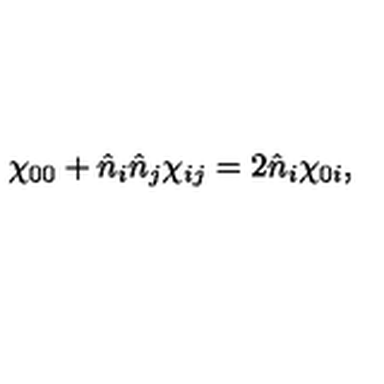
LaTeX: \chi _ { 0 0 } + \hat { n } _ { i } \hat { n } _ { j } \chi _ { i j } = 2 \hat { n } _ { i } \chi _ { 0 i } ,